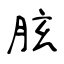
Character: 胘